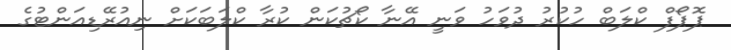
ޕޮޕޯފް ކްލަބް ހުކުރު ދުވަހު ވަނީ އޭނާ ކޯޗުކަން ކުރާ ކްލަބަކަށް ނިއުރޭޑިއަންޓުގެ